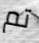
تم